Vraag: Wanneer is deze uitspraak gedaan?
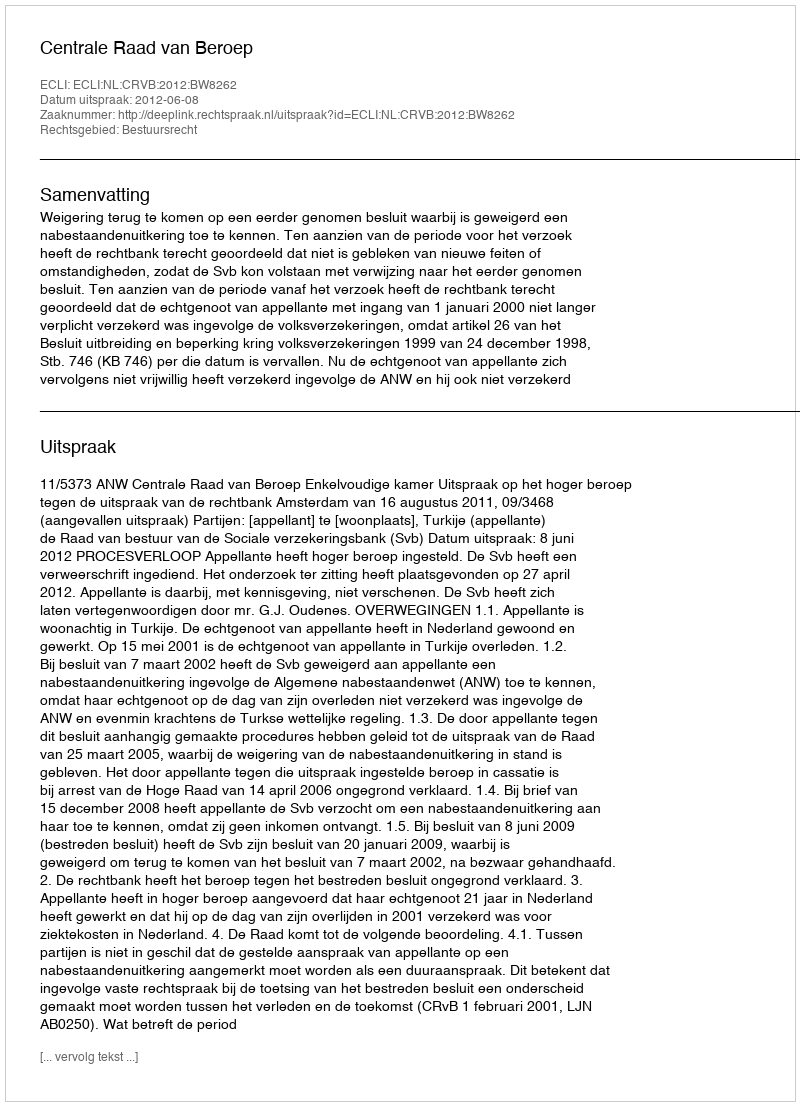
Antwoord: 2012-06-08